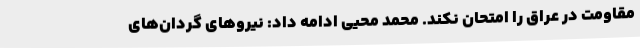
مقاومت در عراق را امتحان نکند. محمد محیی ادامه داد: نیروهای گردان‌های